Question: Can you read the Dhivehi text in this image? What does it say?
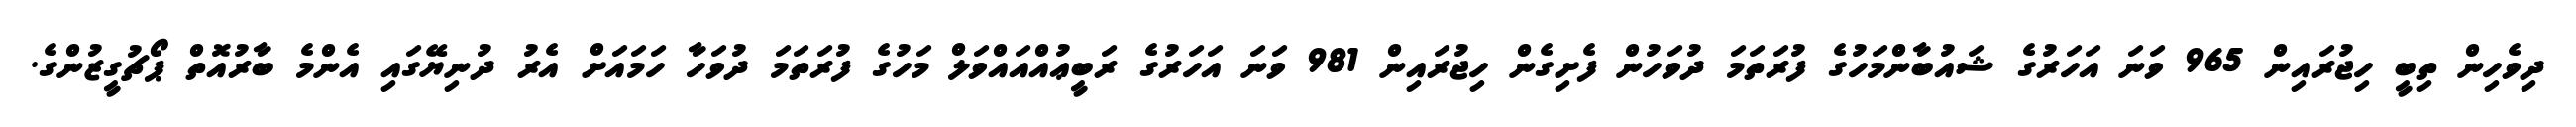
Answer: ދިވެހިން ތިބީ ހިޖުރައިން 965 ވަނަ އަހަރުގެ ޝައުބާންމަހުގެ ފުރަތަމަ ދުވަހުން ފެށިގެން ހިޖުރައިން 981 ވަނަ އަހަރުގެ ރަބީޢުއްއައްވަލް މަހުގެ ފުރަތަމަ ދުވަހާ ހަމައަށް އެރު ދުނިޔޭގައި އެންމެ ބާރުއޮތް ޕޯޗުގީޒުންގެ.